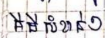
គីមីសំខាន់ៗ